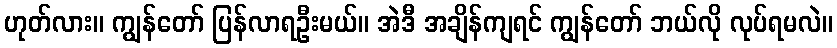
ဟုတ်လား။ ကျွန်တော် ပြန်လာရဦးမယ်။ အဲဒီ အချိန်ကျရင် ကျွန်တော် ဘယ်လို လုပ်ရမလဲ။